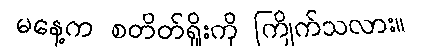
မနေ့က စတိတ်ရှိုးကို ကြိုက်သလား။